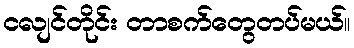
ငလျင်တိုင်း တာစက်တွေတပ်မယ်။